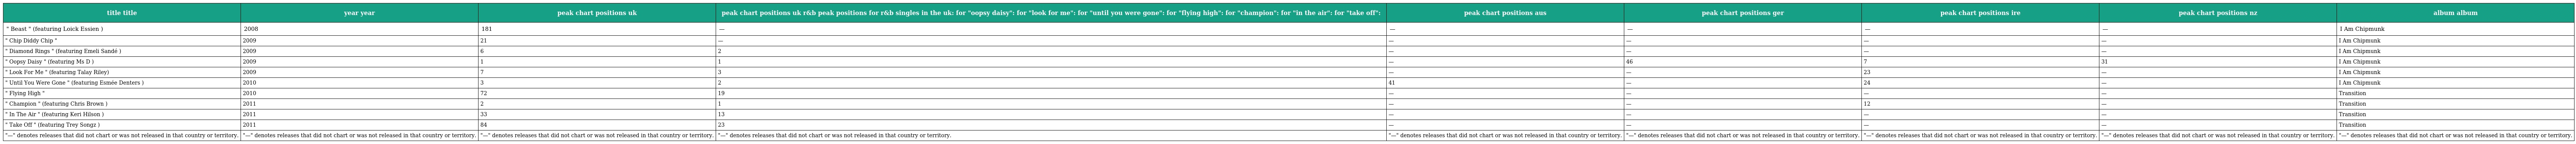
| title title | year year | peak chart positions uk | peak chart positions uk r&b peak positions for r&b singles in the uk: for "oopsy daisy": for "look for me": for "until you were gone": for "flying high": for "champion": for "in the air": for "take off": | peak chart positions aus | peak chart positions ger | peak chart positions ire | peak chart positions nz | album album |
 | --- | --- | --- | --- | --- | --- | --- | --- | --- |
 | " Beast " (featuring Loick Essien ) | 2008 | 181 | — | — | — | — | — | I Am Chipmunk |
 | " Chip Diddy Chip " | 2009 | 21 | — | — | — | — | — | I Am Chipmunk |
 | " Diamond Rings " (featuring Emeli Sandé ) | 2009 | 6 | 2 | — | — | — | — | I Am Chipmunk |
 | " Oopsy Daisy " (featuring Ms D ) | 2009 | 1 | 1 | — | 46 | 7 | 31 | I Am Chipmunk |
 | " Look For Me " (featuring Talay Riley) | 2009 | 7 | 3 | — | — | 23 | — | I Am Chipmunk |
 | " Until You Were Gone " (featuring Esmée Denters ) | 2010 | 3 | 2 | 41 | — | 24 | — | I Am Chipmunk |
 | " Flying High " | 2010 | 72 | 19 | — | — | — | — | Transition |
 | " Champion " (featuring Chris Brown ) | 2011 | 2 | 1 | — | — | 12 | — | Transition |
 | " In The Air " (featuring Keri Hilson ) | 2011 | 33 | 13 | — | — | — | — | Transition |
 | " Take Off " (featuring Trey Songz ) | 2011 | 84 | 23 | — | — | — | — | Transition |
 | "—" denotes releases that did not chart or was not released in that country or territory. | "—" denotes releases that did not chart or was not released in that country or territory. | "—" denotes releases that did not chart or was not released in that country or territory. | "—" denotes releases that did not chart or was not released in that country or territory. | "—" denotes releases that did not chart or was not released in that country or territory. | "—" denotes releases that did not chart or was not released in that country or territory. | "—" denotes releases that did not chart or was not released in that country or territory. | "—" denotes releases that did not chart or was not released in that country or territory. | "—" denotes releases that did not chart or was not released in that country or territory. |